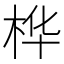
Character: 桦